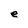
Character: e